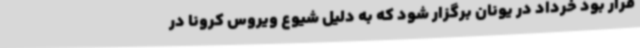
قرار بود خرداد در یونان برگزار شود که به دلیل شیوع ویروس کرونا در